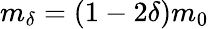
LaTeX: m_{\delta}=(1-2\delta)m_{0}